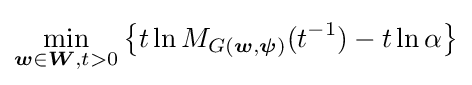
\min _{{\boldsymbol {w}}\in {\boldsymbol {W}},t>0}\left\{t\ln M_{G({\boldsymbol {w}},{\boldsymbol {\psi }})}(t^{-1})-t\ln \alpha \right\}